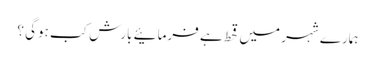
ہمارے شہر میں قحط ہے فرمائیے بارش کب ہوگی ؟